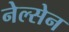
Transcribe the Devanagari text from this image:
नेल्सेन